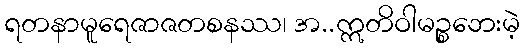
ရတနာမူရေဇာဇတစနဿ၊ အ..ဣတိဝါမဉ္စဘေးမဲ့